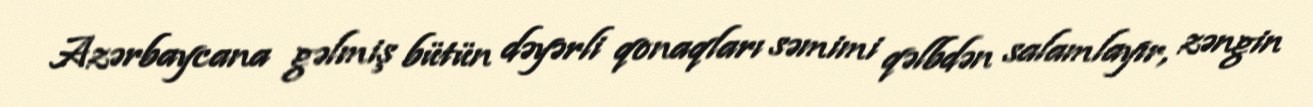
Azərbaycana gəlmiş bütün dəyərli qonaqları səmimi qəlbdən salamlayır, zəngin